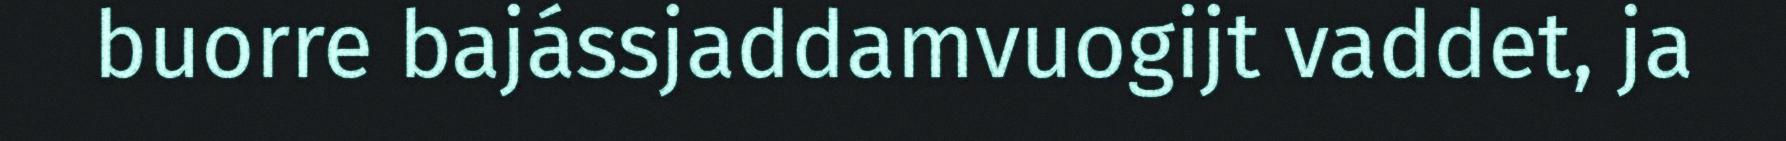
buorre bajássjaddamvuogijt vaddet, ja